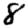
Digit: 8